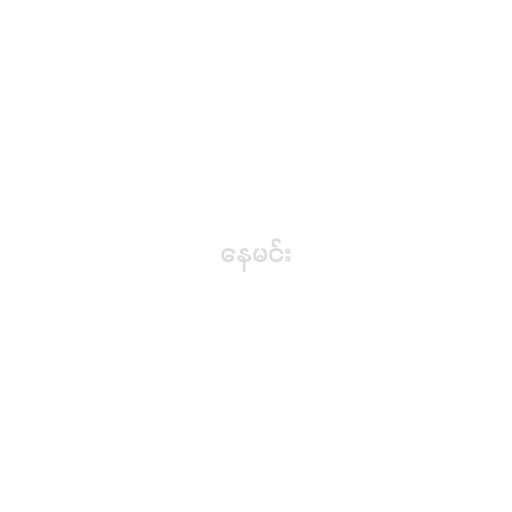
နေမင်း